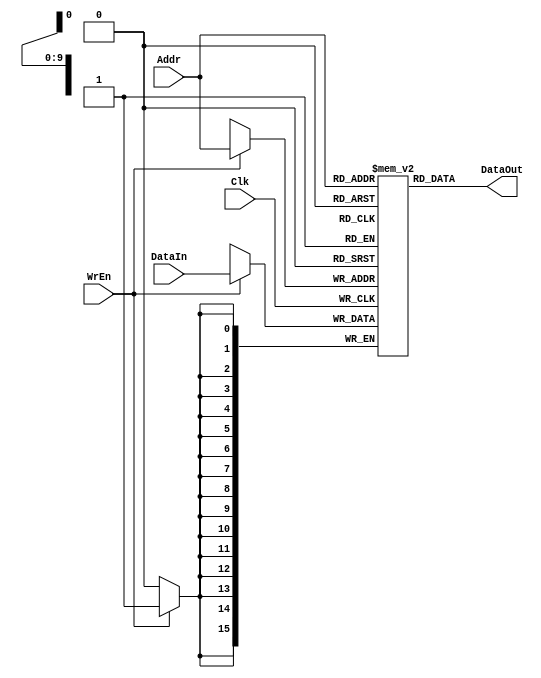
`timescale 1ns/1ns

module RAM(Clk, WrEn, Addr, DataIn, DataOut);
    parameter DATA_WIDTH = 16;                      // Input & output data width
    parameter ADDRESS_WIDTH = 10;                   // Number of inputs
    parameter RAM_DEPTH = 1 << ADDRESS_WIDTH;       // Depth of memory
    
    input Clk, WrEn;
    input[ADDRESS_WIDTH-1:0] Addr;
    input[DATA_WIDTH-1:0] DataIn;
    output[DATA_WIDTH-1:0] DataOut;
    
    reg [DATA_WIDTH-1:0] Ram [RAM_DEPTH-1:0];       // define a memory
    
    assign DataOut = Ram[Addr];                     // Asynchronous read
    
    always @(posedge Clk)
    begin
        if (WrEn) Ram[Addr] <= DataIn;              // Synchronous write, if WrEn = 1
    end
endmodule